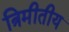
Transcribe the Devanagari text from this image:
त्रिमीतीय